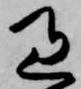
過